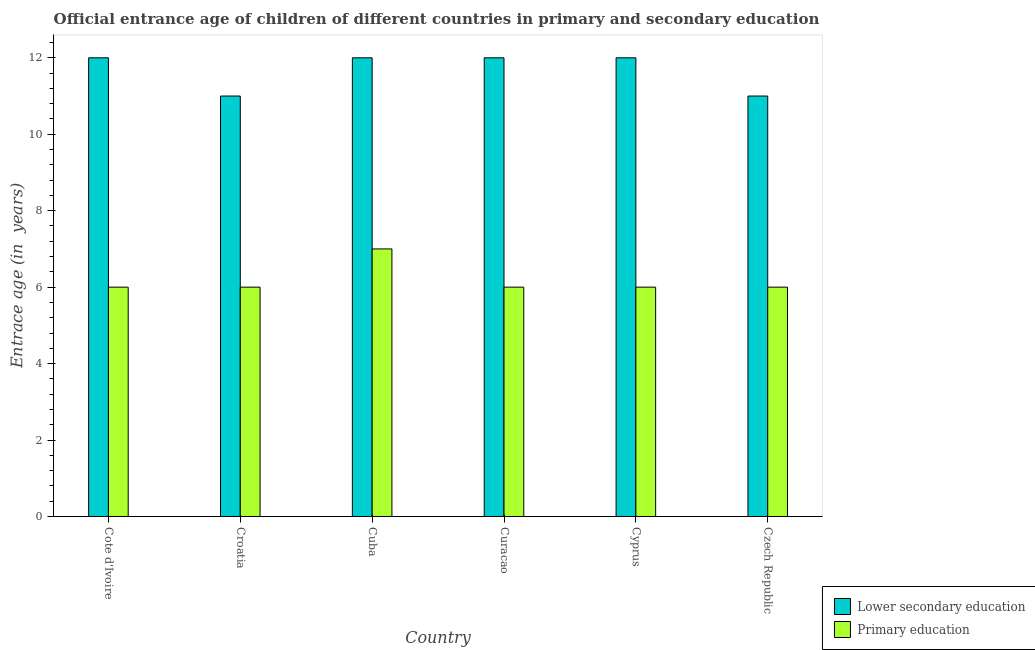
| Country | Lower secondary education | Primary education |
 | --- | --- | --- |
 | Cote d'Ivoire | 12 | 6 |
 | Croatia | 11 | 6 |
 | Cuba | 12 | 7 |
 | Curacao | 12 | 6 |
 | Cyprus | 12 | 6 |
 | Czech Republic | 11 | 6 |